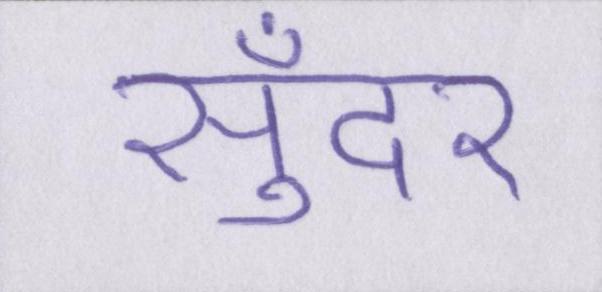
सुँदर